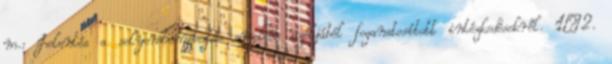
m.: Jelentés a selyemtenyésztés emelése czéljából foganatosított intézkedésekről. 1–2.